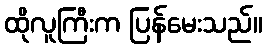
ထိုလူကြီးက ပြန်မေးသည်။